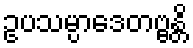
ဥပသမ္ပာဒေတဗ္ဗန္တိ